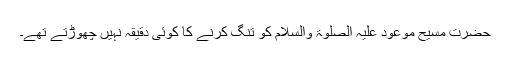
حضرت مسیح موعود علیہ الصلوٰۃ والسلام کو تنگ کرنے کا کوئی دقیقہ نہیں چھوڑتے تھے۔